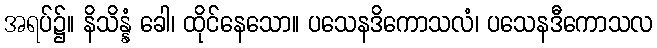
အရပ်၌။ နိသိန္နံ ခေါ၊ ထိုင်နေသော။ ပသေနဒိကောသလံ၊ ပသေနဒီကောသလ